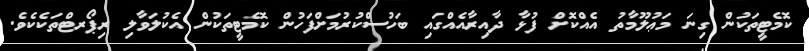
ކޮމެޓީތަކުން ގިނަ މަޢުލޫމާތު އެއްކޮށް ފުޅާ ދާއިރާއެއްގައި ބަހުސްކުރުމަށްފަހުން ކޮމެޓީތަކުން އެކުލަވާލި ރިޕޯރޓްތަކެކެވެ.